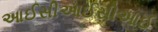
આઈસીઆઈસીઆઈ